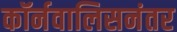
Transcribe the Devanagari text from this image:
कॉर्नवालिसनंतर